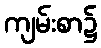
ကျမ်းစာ၌